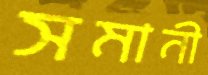
সমানী